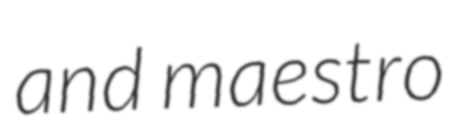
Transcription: and maestro